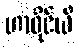
ဟာဝိုင်ယီ